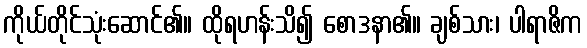
ကိုယ်တိုင်သုံးဆောင်၏။ ထိုရဟန်းသိ၍ စောဒနာ၏။ ချစ်သား၊ ပါရာဇိက